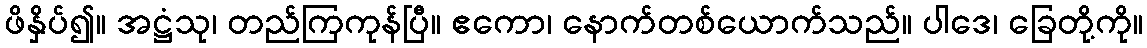
ဖိနှိပ်၍။ အဋ္ဌံသု၊ တည်ကြကုန်ပြီ။ ဧကော၊ နောက်တစ်ယောက်သည်။ ပါဒေ၊ ခြေတို့ကို။